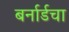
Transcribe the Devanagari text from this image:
बर्नार्डचा